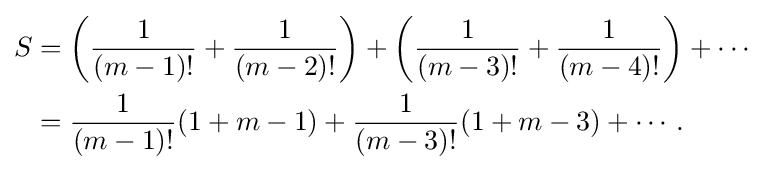
{\begin{aligned}S&=\left({\frac {1}{(m-1)!}}+{\frac {1}{(m-2)!}}\right)+\left({\frac {1}{(m-3)!}}+{\frac {1}{(m-4)!}}\right)+\cdots \\&={\frac {1}{(m-1)!}}(1+m-1)+{\frac {1}{(m-3)!}}(1+m-3)+\cdots .\end{aligned}}